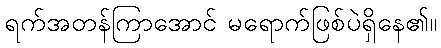
ရက်အတန်ကြာအောင် မရောက်ဖြစ်ပဲရှိနေ၏။